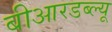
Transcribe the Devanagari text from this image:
बीआरडब्ल्यू